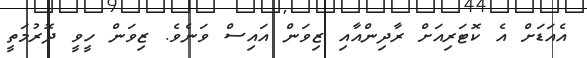
އެއަޑަށް އެ ކޮޓަރިއަށް ރާދިންއާއި ޒިވަން އައިސް ވަނެވެ. ޒިވަން ހީވީ ދޮރުމަތީ